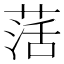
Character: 萿